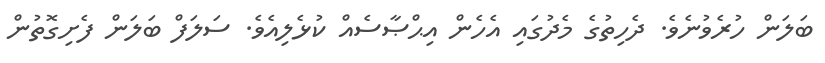
ބަލަން ހުރެވުނެވެ. ދެހިތުގެ މެދުގައި އެހެން އިޙްޞާސެއް ކުޅެލިއެވެ. ސަލަފް ބަލަން ފެށިގޮތުން